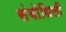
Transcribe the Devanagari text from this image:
संबोधिली